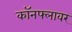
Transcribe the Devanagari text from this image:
कॉनफ्लावर